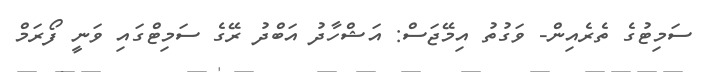
ސަމިޓުގެ ތެރެއިން- ވަގުތު އިމޭޖަސް: އަޝްހާދު އަބްދު ރޭގެ ސަމިޓްގައި ވަނީ ފޯރަމް